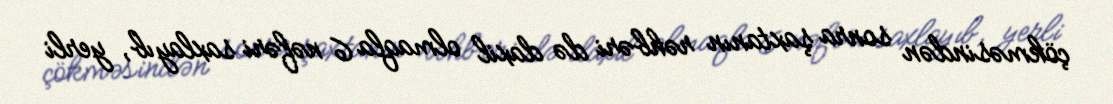
çökməsindən sonra şaxtanın rəhbəri də daxil olmaqla 6 nəfəri saxlayıb, yerli